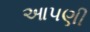
આ૫ણી